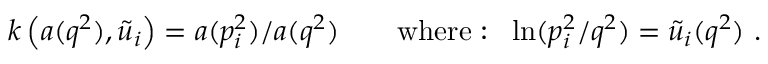
k \left( a ( q ^ { 2 } ) , { \tilde { u } } _ { i } \right) = a ( p _ { i } ^ { 2 } ) / a ( q ^ { 2 } ) \qquad \mathrm { w h e r e : ~ } \ \ln ( p _ { i } ^ { 2 } / q ^ { 2 } ) = { \tilde { u } } _ { i } ( q ^ { 2 } ) \ .